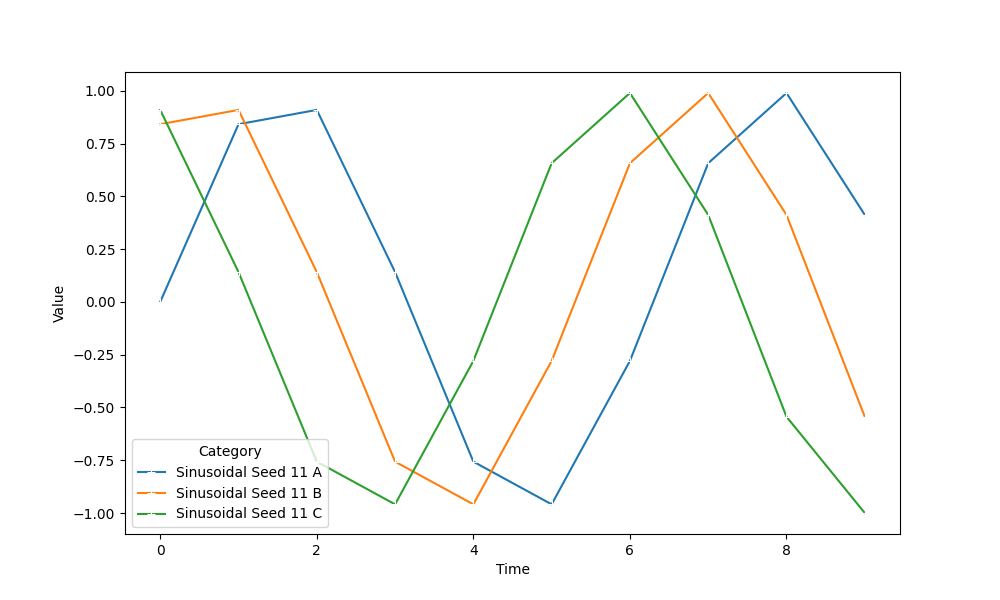
python, seaborn, lineplot, style='solid', marker='+'